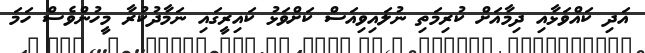
އަދި ކައްވަޅާއި ދިމާއަށް ކުރިމަތި ނުލައިވިއަސް ކަށްވަޅު ކައިރީގައި ނަމާދުކުރާ މީހުންވެސް ހަމަ